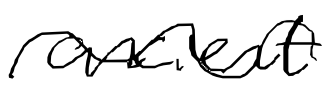
Text: ancient
Cross-out: wave
Writing tool: digital_black